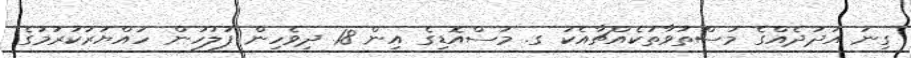
ގިނަ އަދަދެއްގެ މަސްތުވާތަކެއްޗާއެކު ގ. މަސްއޮޑިގެ އިން 18 ދިވެހިން ފުލުހުން ހައްޔަރުކުރުމުގެ